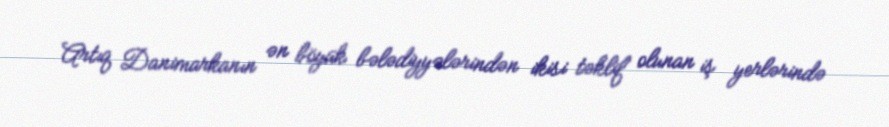
Artıq Danimarkanın ən böyük bələdiyyələrindən ikisi təklif olunan iş yerlərində